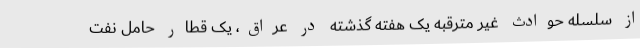
از سلسله حوادث غیر مترقبه یک هفته گذشته در عراق، یک قطار حامل نفت